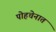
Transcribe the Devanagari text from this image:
पोहचेनात